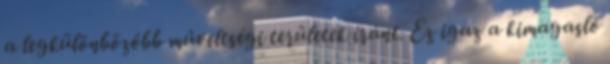
a legkülönbözőbb műveltségi területek iránt. Ez igaz a kimagasló